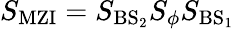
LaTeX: S_{\mathrm{{MZI}}}=S_{\mathrm{{BS}_{2}}}S_{\phi}S_{\mathrm{{BS}_{1}}}